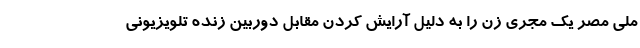
ملی مصر یک مجری زن را به دلیل آرایش کردن مقابل دوربین زنده تلویزیونی